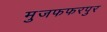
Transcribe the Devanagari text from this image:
मुजफफरपुर